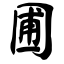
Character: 圃